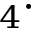
_ 4 \cdot